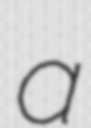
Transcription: a